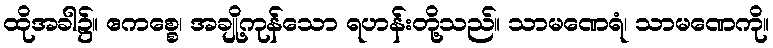
ထိုအခါ၌။ ဧကစ္စေ၊ အချို့ကုန်သော ရဟန်းတို့သည်။ သာမဏေရံ၊ သာမဏေကို။